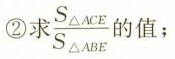
②求 \frac{S_{\Delta ACE}}{S_{\Delta ABE}} 的值；